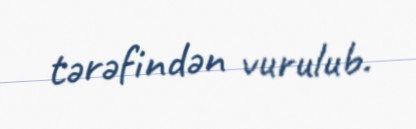
tərəfindən vurulub.